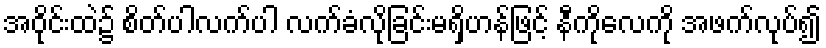
အဝိုင်းထဲ၌ စိတ်ပါလက်ပါ လက်ခံလိုခြင်းမရှိဟန်ဖြင့် နီကိုလေကို အဖက်လုပ်၍